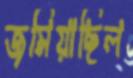
জমিয়াছিল